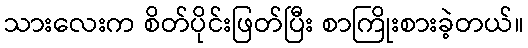
သားလေးက စိတ်ပိုင်းဖြတ်ပြီး စာကြိုးစားခဲ့တယ်။